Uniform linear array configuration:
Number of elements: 8
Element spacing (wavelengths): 1
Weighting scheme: cosine
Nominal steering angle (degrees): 0
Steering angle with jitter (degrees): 0.1734
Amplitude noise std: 0.05
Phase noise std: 0.05

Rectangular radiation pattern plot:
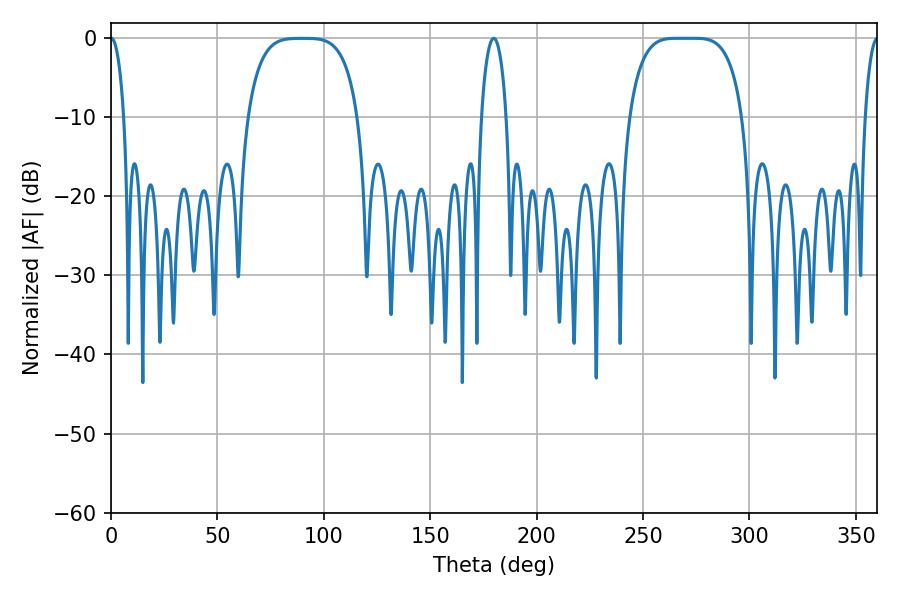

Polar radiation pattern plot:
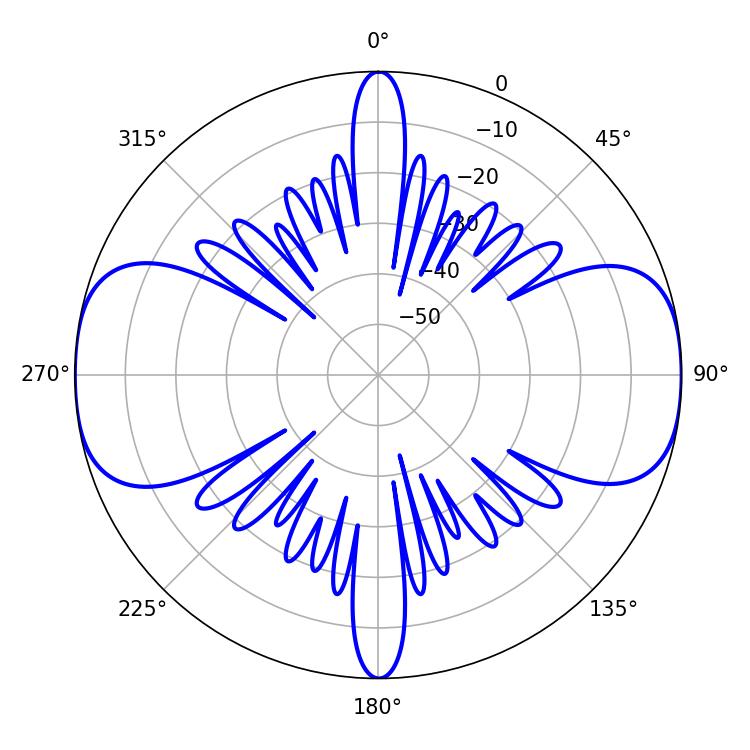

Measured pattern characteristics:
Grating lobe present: TRUE
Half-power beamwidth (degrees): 40.32
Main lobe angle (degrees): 265.86